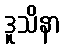
ဒူသိနာ